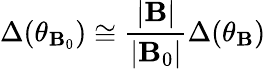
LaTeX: \Delta(\theta_{\mathbf{B}_{0}})\cong\frac{{|\mathbf{B}|}}{{|\mathbf{B}_{0}|}}\Delta(\theta_{\mathbf{B}})